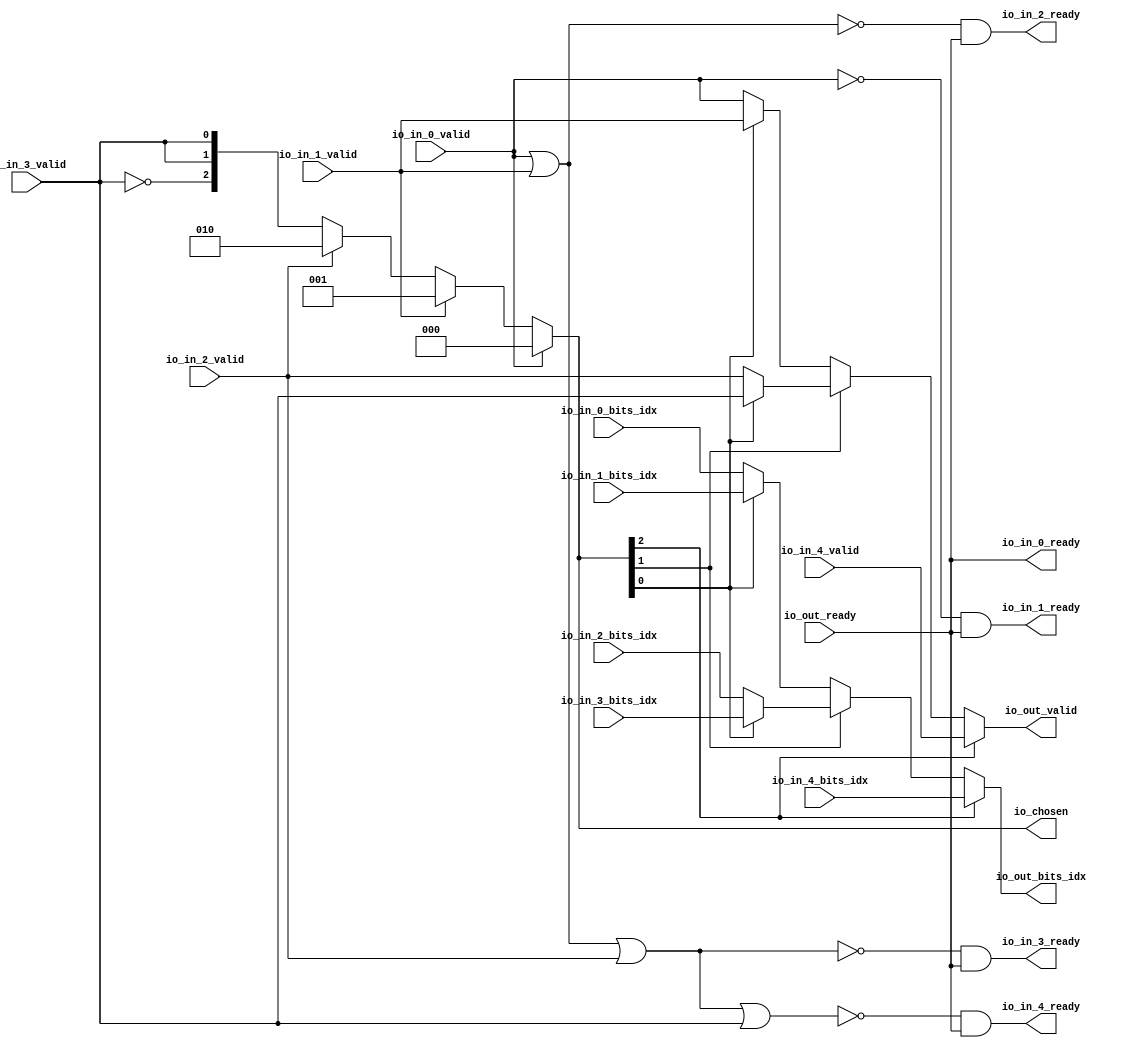
// This program was cloned from: https://github.com/NYU-MLDA/OpenABC
// License: BSD 3-Clause "New" or "Revised" License

module Arbiter_0
(
  io_in_4_ready,
  io_in_4_valid,
  io_in_4_bits_idx,
  io_in_3_ready,
  io_in_3_valid,
  io_in_3_bits_idx,
  io_in_2_ready,
  io_in_2_valid,
  io_in_2_bits_idx,
  io_in_1_ready,
  io_in_1_valid,
  io_in_1_bits_idx,
  io_in_0_ready,
  io_in_0_valid,
  io_in_0_bits_idx,
  io_out_ready,
  io_out_valid,
  io_out_bits_idx,
  io_chosen
);

  input [5:0] io_in_4_bits_idx;
  input [5:0] io_in_3_bits_idx;
  input [5:0] io_in_2_bits_idx;
  input [5:0] io_in_1_bits_idx;
  input [5:0] io_in_0_bits_idx;
  output [5:0] io_out_bits_idx;
  output [2:0] io_chosen;
  input io_in_4_valid;
  input io_in_3_valid;
  input io_in_2_valid;
  input io_in_1_valid;
  input io_in_0_valid;
  input io_out_ready;
  output io_in_4_ready;
  output io_in_3_ready;
  output io_in_2_ready;
  output io_in_1_ready;
  output io_in_0_ready;
  output io_out_valid;
  wire [5:0] io_out_bits_idx,T4,T8,T5;
  wire [2:0] io_chosen,T0,T1;
  wire io_in_4_ready,io_in_3_ready,io_in_2_ready,io_in_1_ready,io_in_0_ready,
  io_out_valid,N0,N1,N2,N3,N4,N5,N6,N7,N8,N9,N10,N11,io_out_ready,N12,N13,N14,N15,N16,N17,
  N18,T13,T16,T14,T21,T23,T24,T26,T27,T28,T30,T31,T32,T33;
  wire [2:1] T2;
  assign io_in_0_ready = io_out_ready;
  assign io_chosen = (N0)? { 1'b0, 1'b0, 1'b0 } : 
                     (N1)? T0 : 1'b0;
  assign N0 = io_in_0_valid;
  assign N1 = N12;
  assign T0 = (N2)? { 1'b0, 1'b0, 1'b1 } : 
              (N3)? T1 : 1'b0;
  assign N2 = io_in_1_valid;
  assign N3 = N13;
  assign T1 = (N4)? { 1'b0, 1'b1, 1'b0 } : 
              (N5)? { T2, T2[1:1] } : 1'b0;
  assign N4 = io_in_2_valid;
  assign N5 = N14;
  assign io_out_bits_idx = (N6)? io_in_4_bits_idx : 
                           (N7)? T4 : 1'b0;
  assign N6 = io_chosen[2];
  assign N7 = N16;
  assign T4 = (N8)? T8 : 
              (N9)? T5 : 1'b0;
  assign N8 = io_chosen[1];
  assign N9 = N17;
  assign T5 = (N10)? io_in_1_bits_idx : 
              (N11)? io_in_0_bits_idx : 1'b0;
  assign N10 = io_chosen[0];
  assign N11 = N18;
  assign T8 = (N10)? io_in_3_bits_idx : 
              (N11)? io_in_2_bits_idx : 1'b0;
  assign io_out_valid = (N6)? io_in_4_valid : 
                        (N7)? T13 : 1'b0;
  assign T13 = (N8)? T16 : 
               (N9)? T14 : 1'b0;
  assign T14 = (N10)? io_in_1_valid : 
               (N11)? io_in_0_valid : 1'b0;
  assign T16 = (N10)? io_in_3_valid : 
               (N11)? io_in_2_valid : 1'b0;
  assign N12 = ~io_in_0_valid;
  assign N13 = ~io_in_1_valid;
  assign N14 = ~io_in_2_valid;
  assign N15 = ~io_in_3_valid;
  assign T2[1] = io_in_3_valid;
  assign T2[2] = N15;
  assign N16 = ~io_chosen[2];
  assign N17 = ~io_chosen[1];
  assign N18 = ~io_chosen[0];
  assign io_in_1_ready = T21 & io_out_ready;
  assign T21 = ~io_in_0_valid;
  assign io_in_2_ready = T23 & io_out_ready;
  assign T23 = ~T24;
  assign T24 = io_in_0_valid | io_in_1_valid;
  assign io_in_3_ready = T26 & io_out_ready;
  assign T26 = ~T27;
  assign T27 = T28 | io_in_2_valid;
  assign T28 = io_in_0_valid | io_in_1_valid;
  assign io_in_4_ready = T30 & io_out_ready;
  assign T30 = ~T31;
  assign T31 = T32 | io_in_3_valid;
  assign T32 = T33 | io_in_2_valid;
  assign T33 = io_in_0_valid | io_in_1_valid;

endmodule